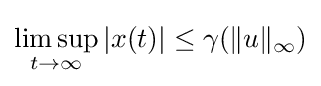
\limsup _{t\to \infty }|x(t)|\leq \gamma (\|u\|_{\infty })